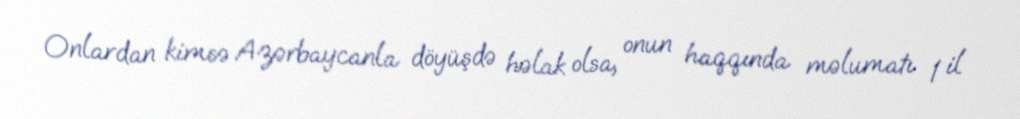
Onlardan kimsə Azərbaycanla döyüşdə həlak olsa, onun haqqında məlumatı 1 il